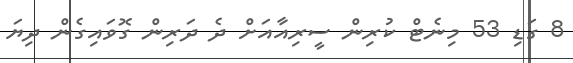
8 ގަޑި 53 މިނެޓް ކުރިން ސީރިއާއަށް ދެ ދަރިން ގޮވައިގެން ދިޔަ